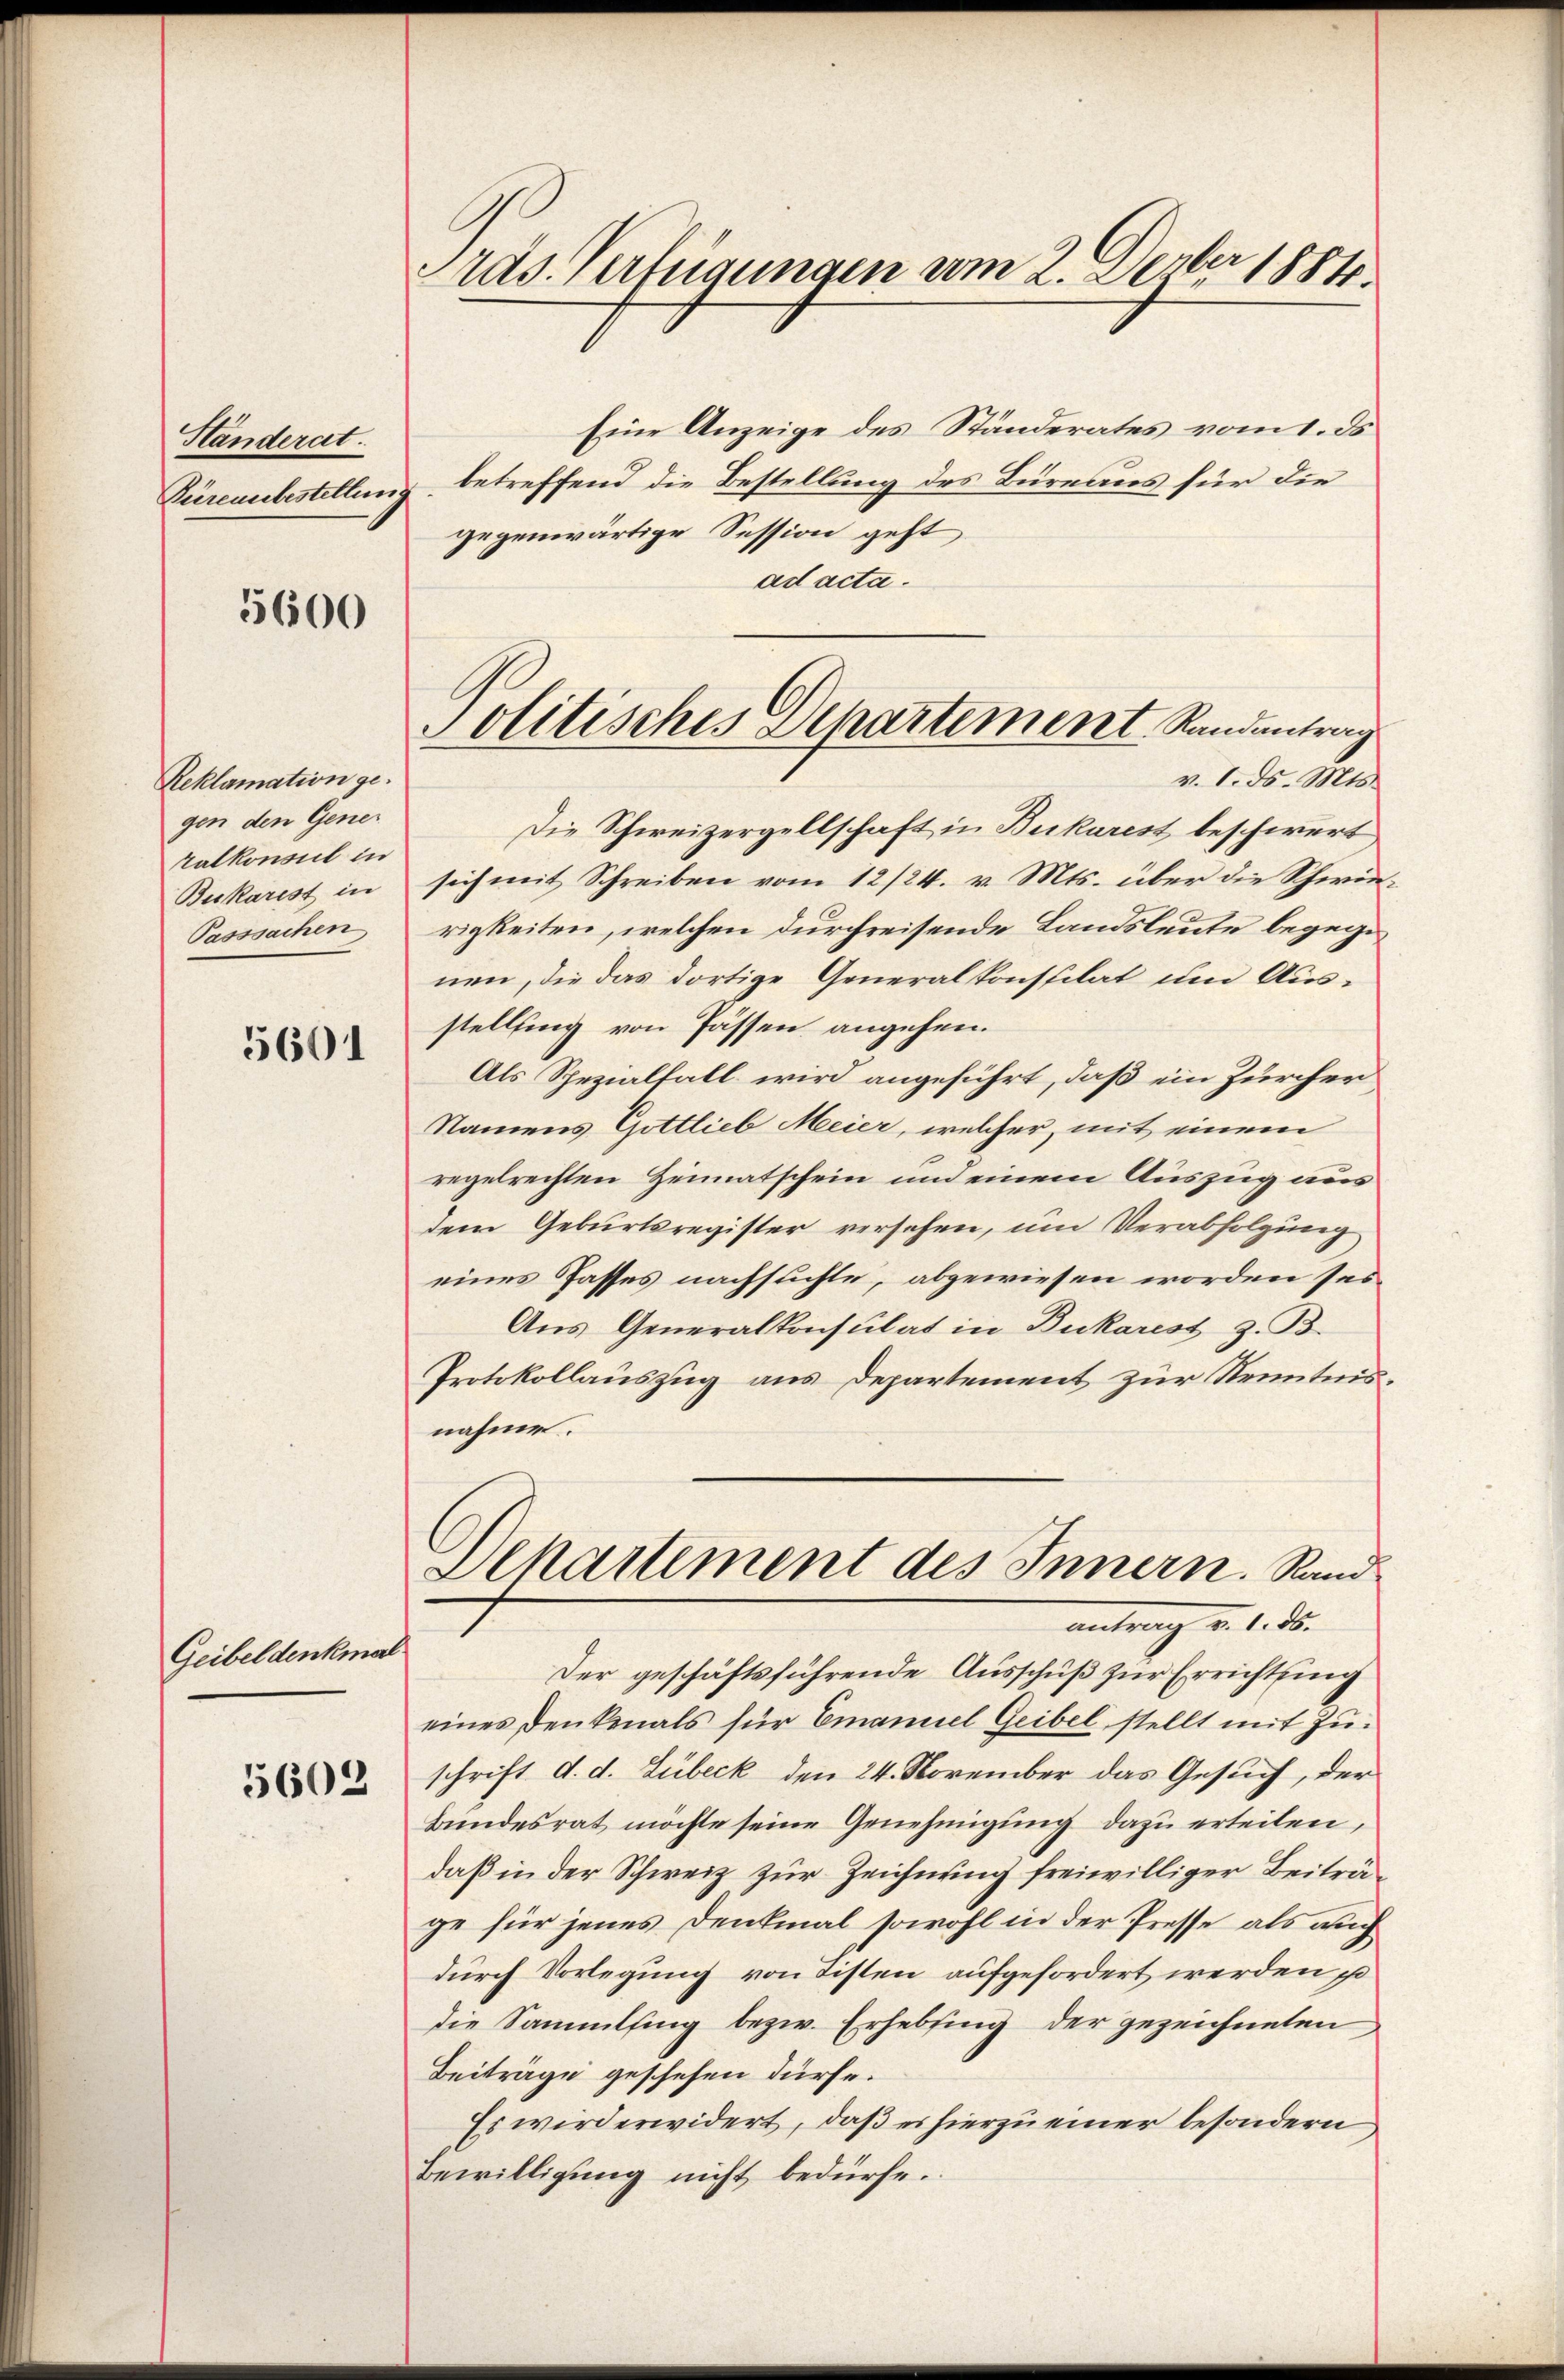
Ständerat.

5600

Reklamation gegen den Gener
ralkonsul in
Beikarist in
Passsachen

5601

Geibeldenkma

5603

ras. Verfügungen vom 2. Dember 1884.

Eine Anzeige des Ständerates vom 1. ds
Büreaubestellung betreffend die Bestellung des Büreaus für die
gegenwärtige Session geht
ad acta.
v. 1. ds. Mts.
Die Schweizergellschaft in Burkarest beschwert
sich mit Schreiben vom 12/24. v. Mts. über die Schwierigkeiten, welchen durchreisende Landsleute begegn
nen, die das dortige Generalkonstilat um Ausstellung von Passen angehen.
Als Spezialfall wird angeführt, daß ein Zürcher
Namens Gottlieb Meier, welcher, mit einem
regelrechten Heimatschein und einem Auszug aus
dem Geburtsregister versehen, um Verabfolgung
eines Passes nachsuchte, abgewiesen worden sei.
Aus Generalkonsulat in Bukarest z. B.
Protokollauszug aus Departement zur Kenntnisnahme.
Departement des Innern. Sandantrag v. 1. ds.
d
Der geschäftsführende Ausschuß zur Errichtung
eines denkenals für Emanuel Geibel stellt mit Zu-
schrift d. d. Lübeck den 24. November das Gesuch, der
Bundesrat möchte seine Genehmigung dazu erteilen,
daß in der Schweiz zur Zeichnung freiwilliger Beiträge für jenes Denkmal sowohl in der Presse als auch
durch Vorlegung von Tisten aufgefordert werden so
die Sammling bezw. Erhebung der gezeichneten
Beiträge geschehen dürfe.
Es wird erwidert, daß es hierzu einer besondern
Bewilligung nicht bedürfe.

Politisches Apartement Randantrag